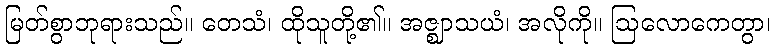
မြတ်စွာဘုရားသည်။ တေသံ၊ ထိုသူတို့၏။ အဇ္ဈာသယံ၊ အလိုကို။ ဩလောကေတွာ၊